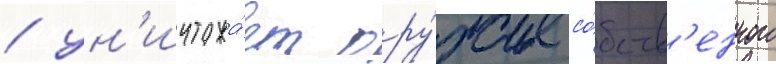
/ ун'ичтожа́ет ору́жие со́бств'енного